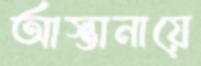
আস্তানায়ে